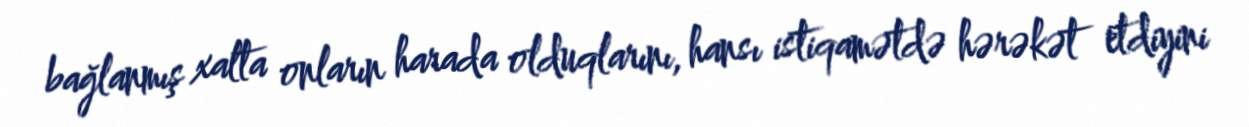
bağlanmış xalta onların harada olduqlarını, hansı istiqamətdə hərəkət etdiyini